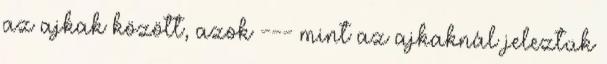
az ajkak között, azok --- mint az ajkaknál jeleztük